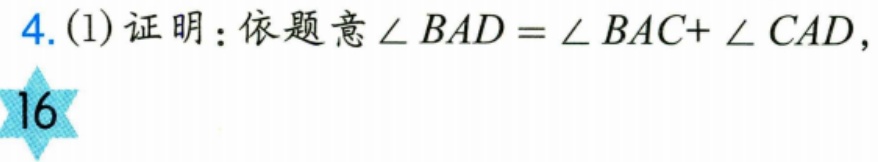
4. (1) 证明：依题意$\angle BAD=\angle BAC + \angle CAD$，
!(https://pic2.zhimg.com/v2-9d2d799d8a6a28a69777666c87777777_b.jpg)
16